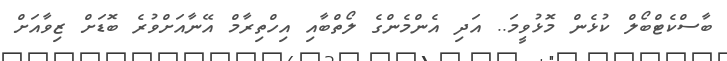
ބާސްކެޓްބޯލް ކުޅެން މޮޅުވީމަ.. އަދި އެންމެންގެ ލޯތްބާއި އިހްތިރާމް އޭނާއަށްވުރެ ބޮޑަށް ޒިވާއަށް